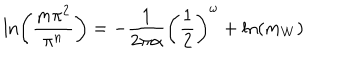
LaTeX: \ln \left( \frac { m \pi ^ { 2 } } { \pi ^ { n } } \right) = - \frac { 1 } { 2 \pi \alpha } \left( \frac { 1 } { 2 } \right) ^ { \omega } + \ln \left( m _ { W } \right)